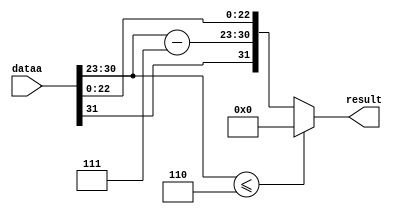
module fp_div128 ( 
input [31:0] dataa,
output [31:0] result
);
wire [7:0] NewExp;
assign NewExp = dataa[30:23]-7;
assign result = (dataa[30:23]<=6) ? 0 : {dataa[31],NewExp,dataa[22:0]};
endmodule